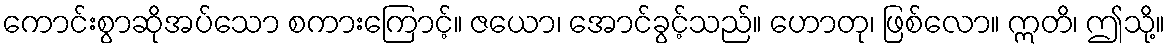
ကောင်းစွာဆိုအပ်သော စကားကြောင့်။ ဇယော၊ အောင်ခွင့်သည်။ ဟောတု၊ ဖြစ်လော။ ဣတိ၊ ဤသို့။